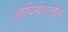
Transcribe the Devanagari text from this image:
आदित्येश्वरतीर्थ